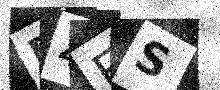
Text: FZES